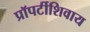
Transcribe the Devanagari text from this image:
प्रॉपर्टीशिवाय